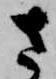
さ